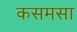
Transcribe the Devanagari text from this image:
कसमसा